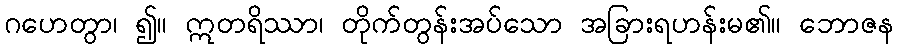
ဂဟေတွာ၊ ၍။ ဣတရိဿာ၊ တိုက်တွန်းအပ်သော အခြားရဟန်းမ၏။ ဘောဇန